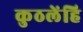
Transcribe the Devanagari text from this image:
कुठलेंहि